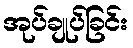
အုပ်ချုပ်ခြင်း